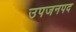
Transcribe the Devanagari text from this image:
उपजनपद